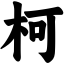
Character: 柯